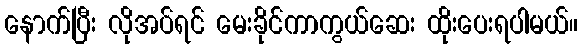
နောက်ပြီး လိုအပ်ရင် မေးခိုင်ကာကွယ်ဆေး ထိုးပေးရပါမယ်။